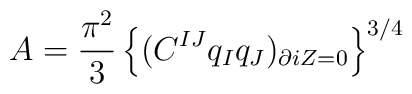
A =    {\pi^2\over 3} \left\{ (C^{IJ} q_I q_J)_{\partial iZ=0}\right\}^{3/4}